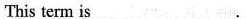
This term is___ ___.